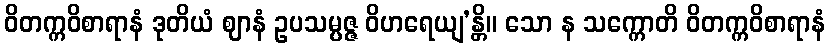
ဝိတက္ကဝိစာရာနံ ဒုတိယံ ဈာနံ ဥပသမ္ပဇ္ဇ ဝိဟရေယျ’န္တိ။ သော န သက္ကောတိ ဝိတက္ကဝိစာရာနံ